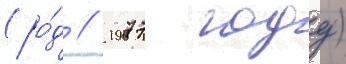
(ро́д // 1977 году)